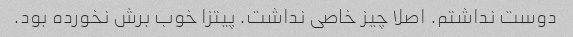
دوست نداشتم. اصلا چیز خاصی نداشت. پیتزا خوب برش نخورده بود.